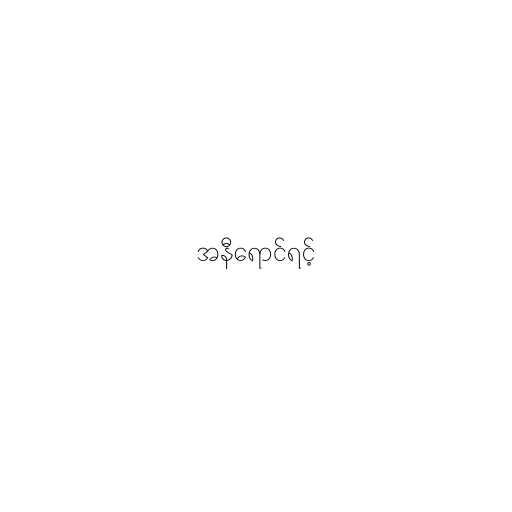
အနီရောင်ရင့်